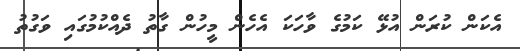
އެކަން ކުރަން އުޅޭ ކަމުގެ ވާހަކަ އެހެން މީހުން ގާތު ދެއްކުމުގައި ވަގުތު